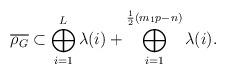
LaTeX: \begin{align*}\overline{\rho_G} \subset \bigoplus_{i=1}^L \lambda(i) + \bigoplus_{i=1}^{\frac{1}{2}(m_1p-n)} \lambda(i).\end{align*}